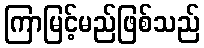
ကြာမြင့်မည်ဖြစ်သည်